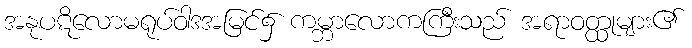
အနုပဋိလောမရုပ်ဝါဒအမြင်၌ ကမ္ဘာလောကကြီးသည် အရာဝတ္ထုများ၏